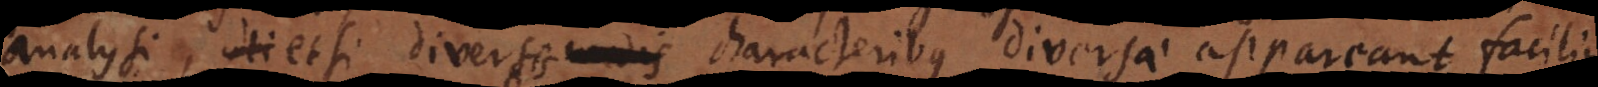
analysi, etsi diversis modis characteribus diversae appareant facilius